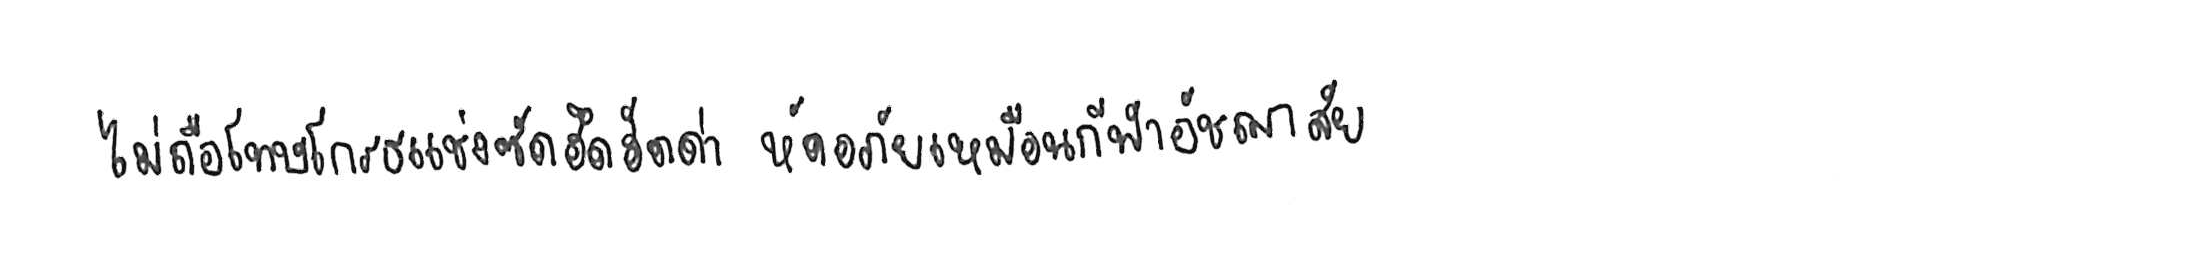
ไม่ถือโทษโกรธแช่งซัดฮึดฮัดด่า หัดอภัยเหมือนกีฬาอัชฌาสัย